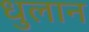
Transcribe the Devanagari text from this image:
धुलान